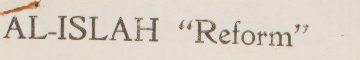
AL-ISLAH "Reform"